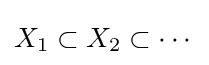
X_{1}\subset X_{2}\subset \cdots